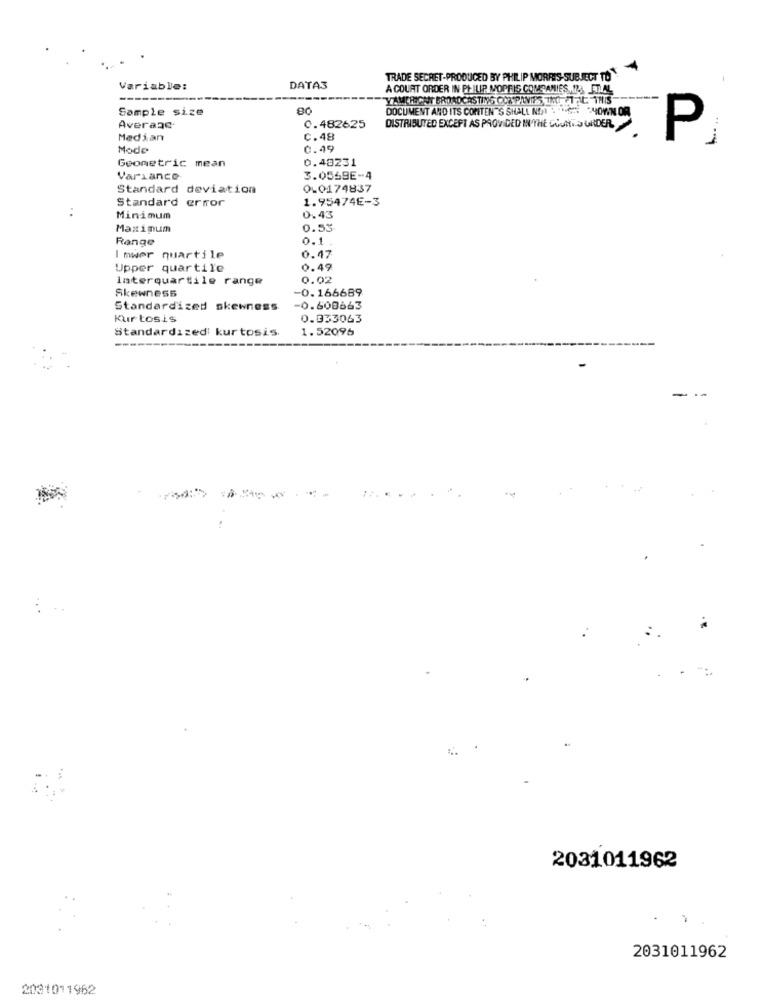
TRADE SECRET-PRODUCED BY PHILIP MORRIS-SUBJECT TO
Variable:
DATA3
A COURT ORDER IN PHILIP MOPFIS COMPANIES
OMGAMIES ., FILIAL
YAMCHIONT BROADCASTING COMPANIES THO FTAL THIS
Sample size
80
DOCUMENT AND ITS CONTEN'S SHALL NOT ... - 4OWN OR
Averaac.
0.482625
DISTRIBUTED EXCEPT AS PROVIDED IN THE COUNTS UNDER
Median
C.48
P
Mode
0.49
0.40231
Geometric mean
Variance
3.0569E-4
Standard deviation
0-0174837
Standard error
1.95474E-3
Minimum
0.43
Maximum
0.53
Range
0.1
I mwer quartile
0.47
Upper quartile
19
interquartile range
02
Skewness
-0.166689
Standardized skewness
-0.608663
Kur tosis
0.933063
Standardizedi kurtosis.
1.52095
-
2031011962
2031011962
2031011962